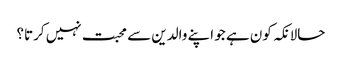
حالانکہ کون ہے جو اپنے والدین سے محبت نہیں کرتا؟